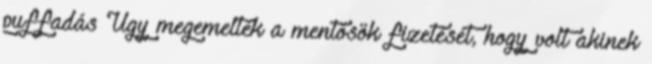
puffadás Úgy megemelték a mentősök fizetését, hogy volt akinek